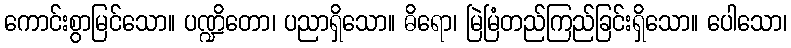
ကောင်းစွာမြင်သော။ ပဏ္ဍိတော၊ ပညာရှိသော။ ဓိရော၊ မြဲမြံတည်ကြည်ခြင်းရှိသော။ ပေါသော၊